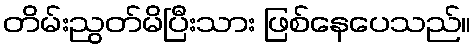
တိမ်းညွတ်မိပြီးသား ဖြစ်နေပေသည်။